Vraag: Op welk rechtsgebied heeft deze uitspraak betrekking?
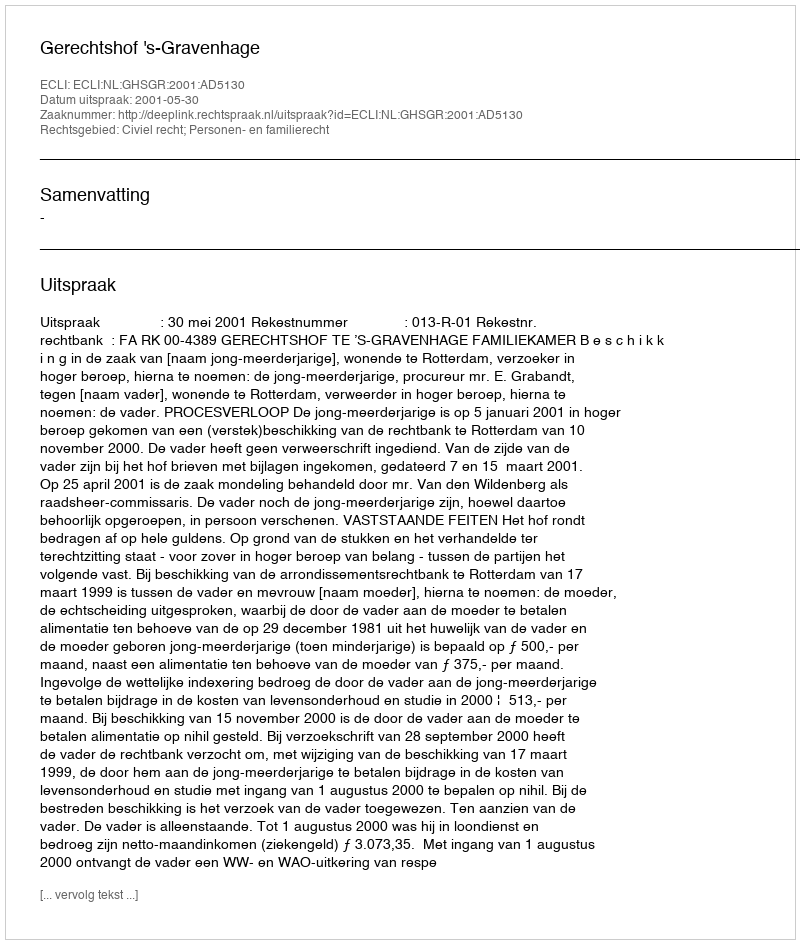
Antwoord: Civiel recht; Personen- en familierecht